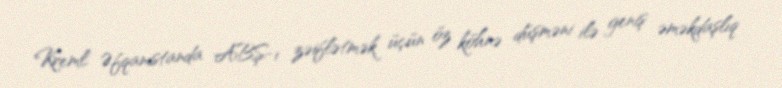
Kreml Əfqanıstanda ABŞ-ı zəiflətmək üçün öz köhnə düşməni ilə geniş əməkdaşlıq